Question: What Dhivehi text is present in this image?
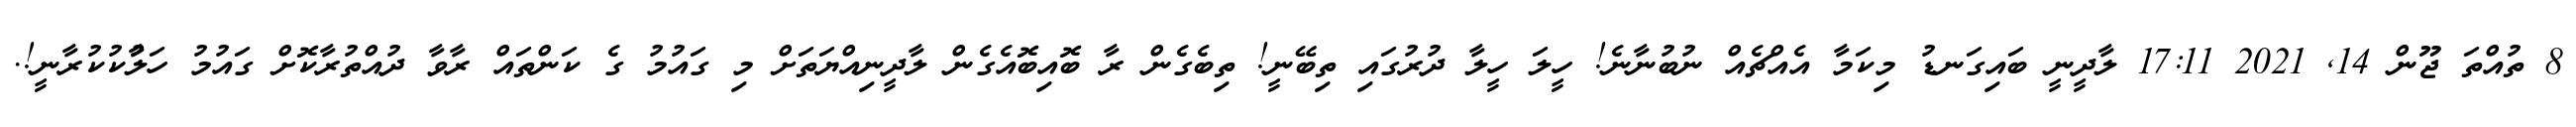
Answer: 8 ތުއްތަ ޖޫން 14, 2021 17:11 ލާދީނީ ބައިގަނޑު މިކަމާ އެއްޗެއް ނުބުނާނެ! ހީލަ ހީލާ ދުރުގައި ތިބޭނީ! ތިބެގެން ރާ ބޮއިބޮއެގެން ލާދީނިއްޔަތަށް މި ގައުމު ގެ ކަންތައް ރާވާ ދުއްތުރާކޮށް ގައުމު ހަލާުކުކުރާނީ!.